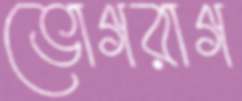
ভোগরাগ